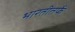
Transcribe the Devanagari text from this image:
भारतीतर्फे